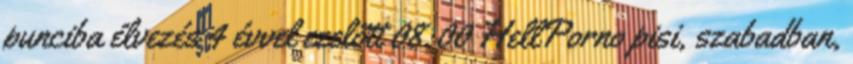
punciba élvezés 4 évvel ezelőtt 08:00 HellPorno pisi, szabadban,